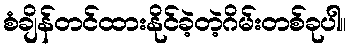
စံချိန်တင်ထားနိုင်ခဲ့တဲ့ဂိမ်းတစ်ခုပါ။